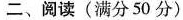
二、阅读(满分50分)